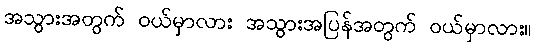
အသွားအတွက် ဝယ်မှာလား အသွားအပြန်အတွက် ဝယ်မှာလား။